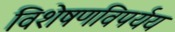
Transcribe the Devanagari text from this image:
विशेषणविपर्यय